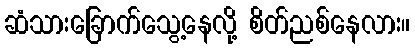
ဆံသားခြောက်သွေ့နေလို့ စိတ်ညစ်နေလား။